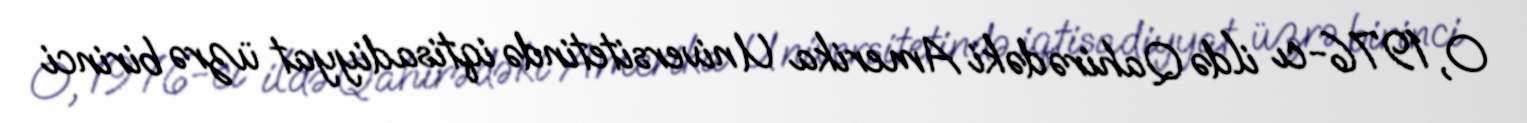
O, 1976-cı ildə Qahirədəki Amerika Universitetində iqtisadiyyat üzrə birinci